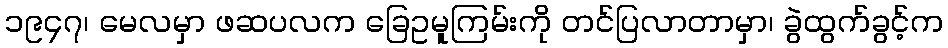
၁၉၄၇၊ မေလမှာ ဖဆပလက ခြေဥမူကြမ်းကို တင်ပြလာတာမှာ၊ ခွဲထွက်ခွင့်က